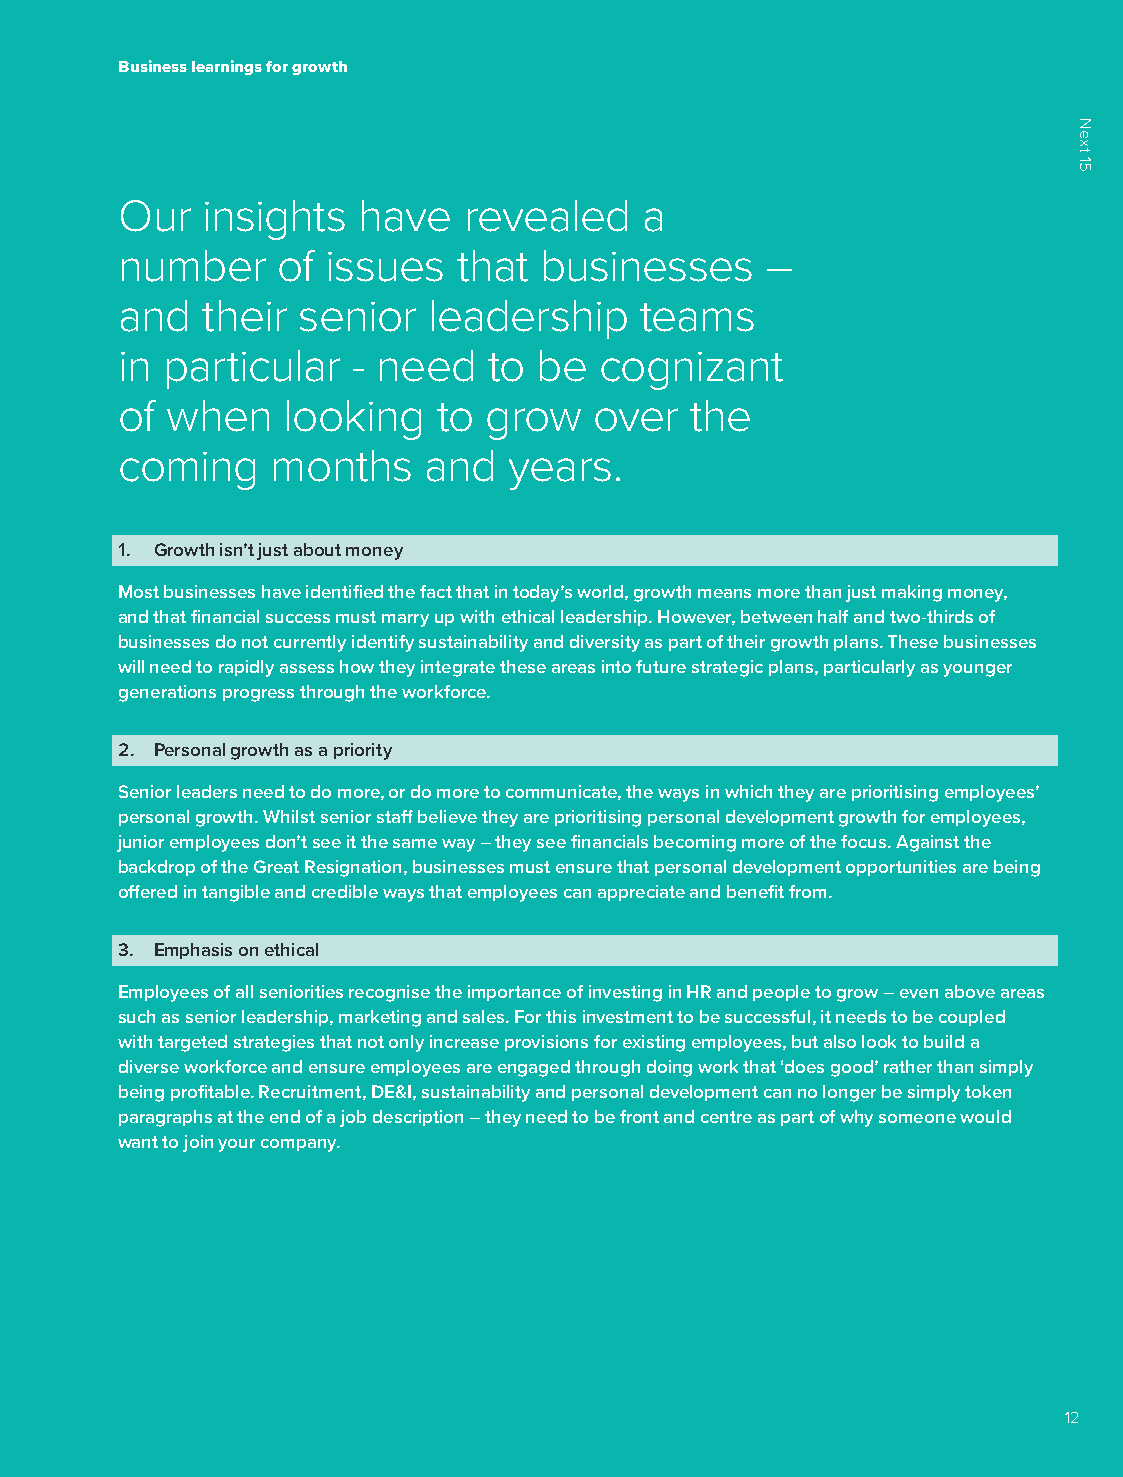
Business learnings for growth
 Our  insights   have   revealed   a
 number    of  issues  that  businesses     –
 and  their  senior  leadership    teams
 in particular  - need   to be   cognizant
 of when    looking   to grow   over   the
 coming    months    and   years.
 1. Growth isn’t just about money
 Most businesses have identified the fact that in today’s world, growth means more than just making money,
 and that financial success must marry up with ethical leadership. However, between half and two-thirds of
 businesses do not currently identify sustainability and diversity as part of their growth plans. These businesses
 will need to rapidly assess how they integrate these areas into future strategic plans, particularly as younger
 generations progress through the workforce.
 2. Personal growth as a priority
 Senior leaders need to do more, or do more to communicate, the ways in which they are prioritising employees’
 personal growth. Whilst senior staff believe they are prioritising personal development growth for employees,
 junior employees don’t see it the same way – they see financials becoming more of the focus. Against the
 backdrop of the Great Resignation, businesses must ensure that personal development opportunities are being
 offered in tangible and credible ways that employees can appreciate and benefit from.
 3. Emphasis on ethical
 Employees of all seniorities recognise the importance of investing in HR and people to grow – even above areas
 such as senior leadership, marketing and sales. For this investment to be successful, it needs to be coupled
 with targeted strategies that not only increase provisions for existing employees, but also look to build a
 diverse workforce and ensure employees are engaged through doing work that ‘does good’ rather than simply
 being profitable. Recruitment, DE&I, sustainability and personal development can no longer be simply token
 paragraphs at the end of a job description – they need to be front and centre as part of why someone would
 want to join your company.
 12
 Next
 15